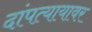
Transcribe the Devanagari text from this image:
दांपत्यायावर